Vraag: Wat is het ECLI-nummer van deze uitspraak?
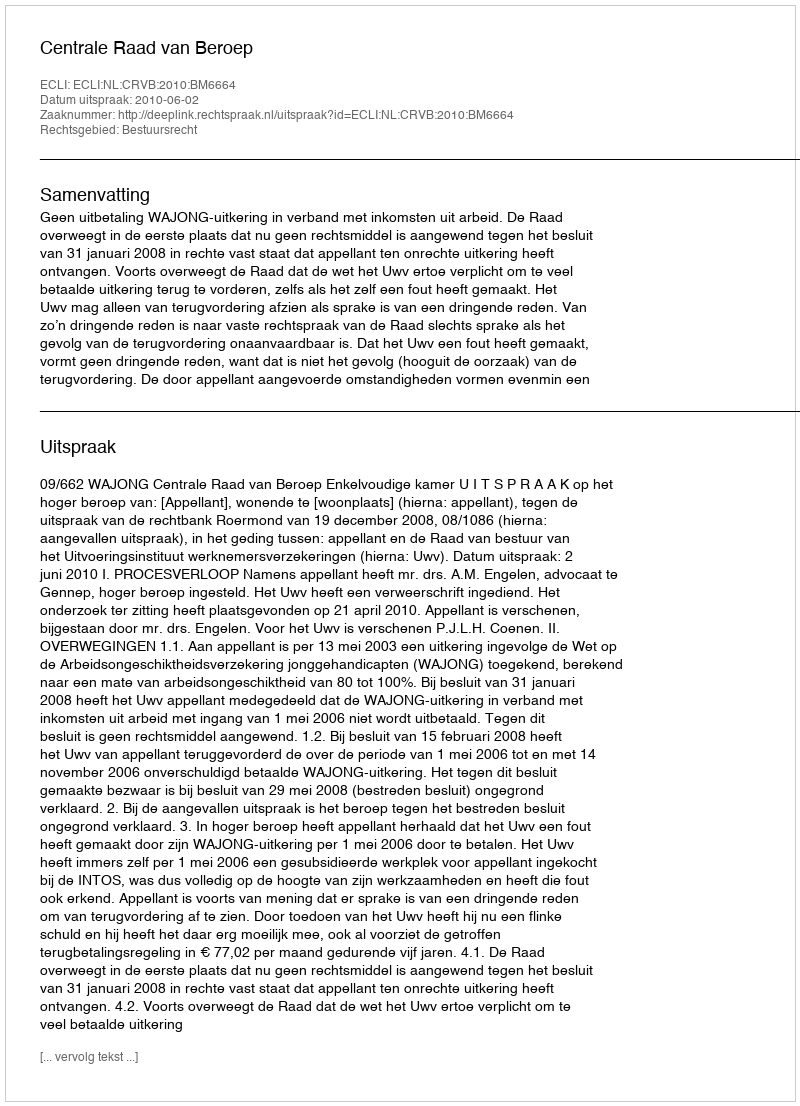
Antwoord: ECLI:NL:CRVB:2010:BM6664